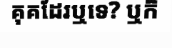
គុគដែរឬទេ? ឬក៏